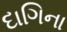
દાગિના